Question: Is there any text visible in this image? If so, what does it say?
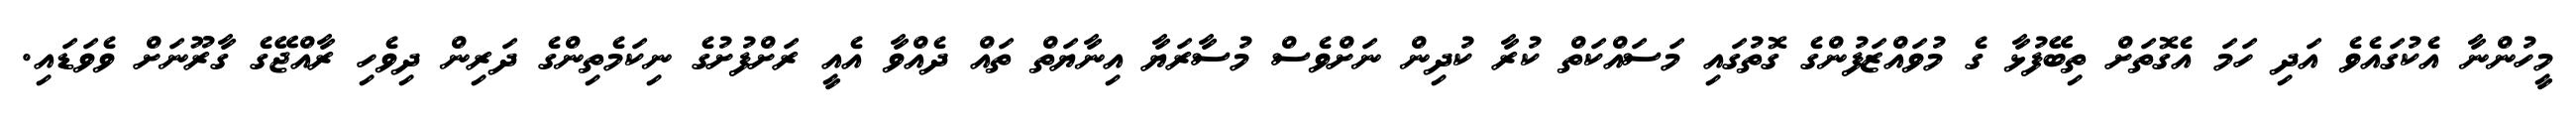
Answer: މީހުންނާ އެކުގައެވެ އަދި ހަމަ އެގޮތަށް ތިބޭފުޅާ ގެ މުވައްޒަފުންގެ ގޮތުގައި މަސައްކަތް ކުރާ ކުދިން ނަށްވެސް މުސާރަޔާ އިނާޔަތް ތައް ދެއްވާ އެއީ ރަށްފުށުގެ ނިކަމެތިންގެ ދަރިން ދިވެހި ރާއްޖޭގެ ގާރޫނަށް ވެވަޑައި.